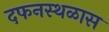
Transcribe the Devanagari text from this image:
दफनस्थळास